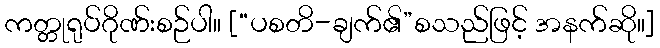
ကတ္တုရုပ်ဂိုဏ်းစဉ်ပါ။ [“ပစတိ-ချက်၏”စသည်ဖြင့် အနက်ဆို။]